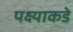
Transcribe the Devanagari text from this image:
पक्ष्याकडे